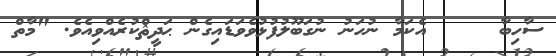
ސާހިބާ     އެކަމާ ނުހަނު ނުގަބޫލުފުޅުވެވަޑައިގެން ޙަދީޘްކުރެއްވިއެވެ. "މާތް